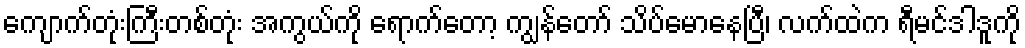
ကျောက်တုံးကြီးတစ်တုံး အကွယ်ကို ရောက်တော့ ကျွန်တော် သိပ်မောနေပြီ၊ လက်ထဲက ရီမင်ဒါဒူကို